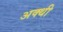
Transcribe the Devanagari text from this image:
अक्थी